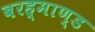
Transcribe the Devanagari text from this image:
बरह्माण्ड